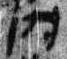
時